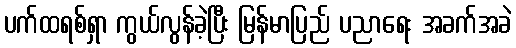
ပက်ထရစ်ရှာ ကွယ်လွန်ခဲ့ပြီး မြန်မာပြည် ပညာရေး အခက်အခဲ